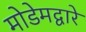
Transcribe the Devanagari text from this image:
मोडेमद्वारे